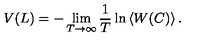
V ( L ) = - \lim _ { T \rightarrow \infty } \frac { 1 } { T } \ln \left\langle W ( C ) \right\rangle .